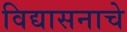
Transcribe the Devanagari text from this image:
विद्यासनाचे